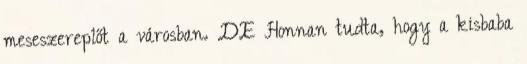
meseszereplőt a városban. DE Honnan tudta, hogy a kisbaba